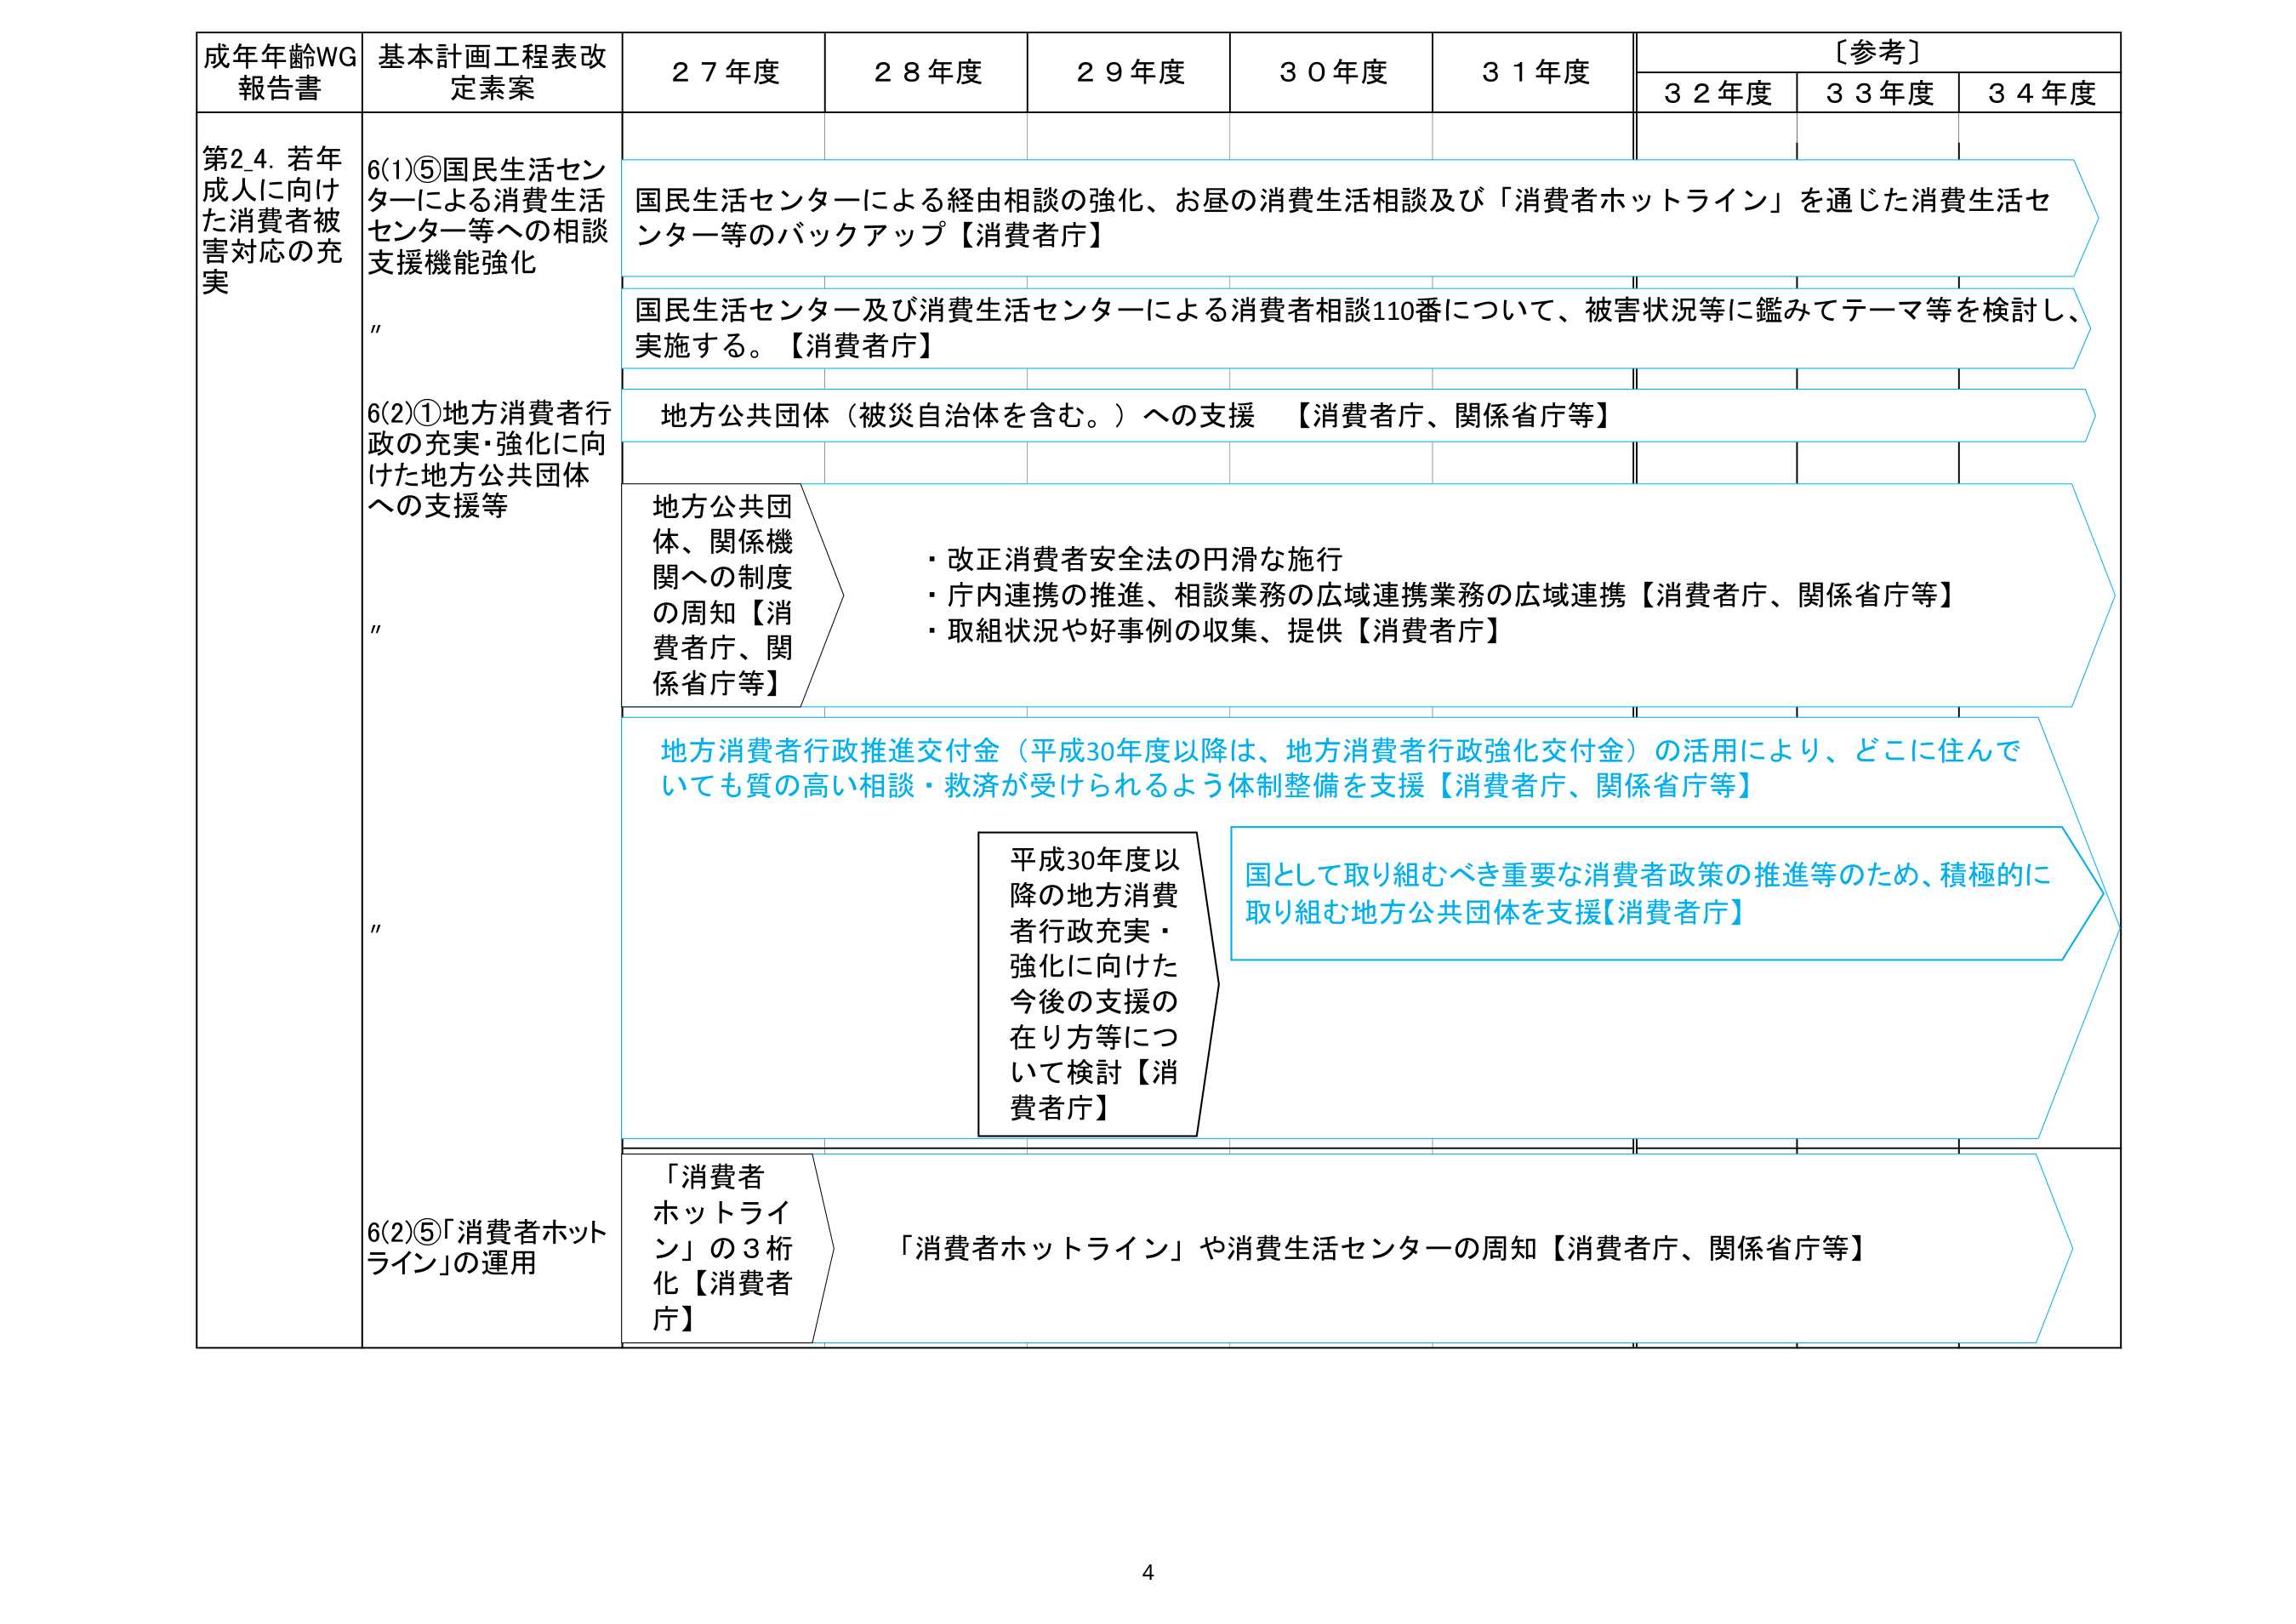
成年年齢WG
報告書

基本計画工程表改定素案

２７年度
２８年度
２９年度
３０年度
３１年度
〔参考〕
３２年度
３３年度
３４年度

第2.4. 若年成人に向けた消費者被害対応の充実

6(1)⑤国民生活センターによる消費生活センター等への相談支援機能強化

国民生活センターによる経由相談の強化、お昼の消費生活相談及び「消費者ホットライン」を通じた消費生活センター等のバックアップ【消費者庁】

国民生活センター及び消費生活センターによる消費者相談110番について、被害状況等に鑑みてテーマ等を検討し、実施する。【消費者庁】

6(2)①地方消費者行政の充実・強化に向けた地方公共団体への支援等

地方公共団体（被災自治体を含む。）への支援 【消費者庁、関係省庁等】

地方公共団体、関係機関への制度の周知【消費者庁、関係省庁等】

・改正消費者安全法の円滑な施行
・庁内連携の推進、相談業務の広域連携業務の広域連携【消費者庁、関係省庁等】
・取組状況や好事例の収集、提供【消費者庁】

地方消費者行政推進交付金（平成30年度以降は、地方消費者行政強化交付金）の活用により、どこに住んでいても質の高い相談・救済が受けられるよう体制整備を支援【消費者庁、関係省庁等】

平成30年度以降の地方消費者行政充実・強化に向けた今後の支援の在り方等について検討【消費者庁】

国として取り組むべき重要な消費者政策の推進等のため、積極的に取り組む地方公共団体を支援【消費者庁】

6(2)⑤「消費者ホットライン」の運用

「消費者ホットライン」の3桁化【消費者庁】

「消費者ホットライン」や消費生活センターの周知【消費者庁、関係省庁等】

4